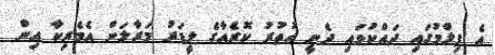
އެ ފިލްމުގައި ދައްކުވައި ދެނީ އުތުރު ކޮރެއާގެ ލީޑަރު މަރާލަން އެމެރިކާ އިން